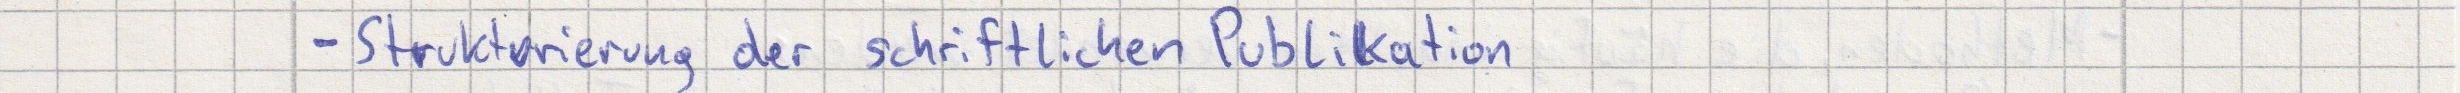
- Strukturierung der schriftlichen Publikation